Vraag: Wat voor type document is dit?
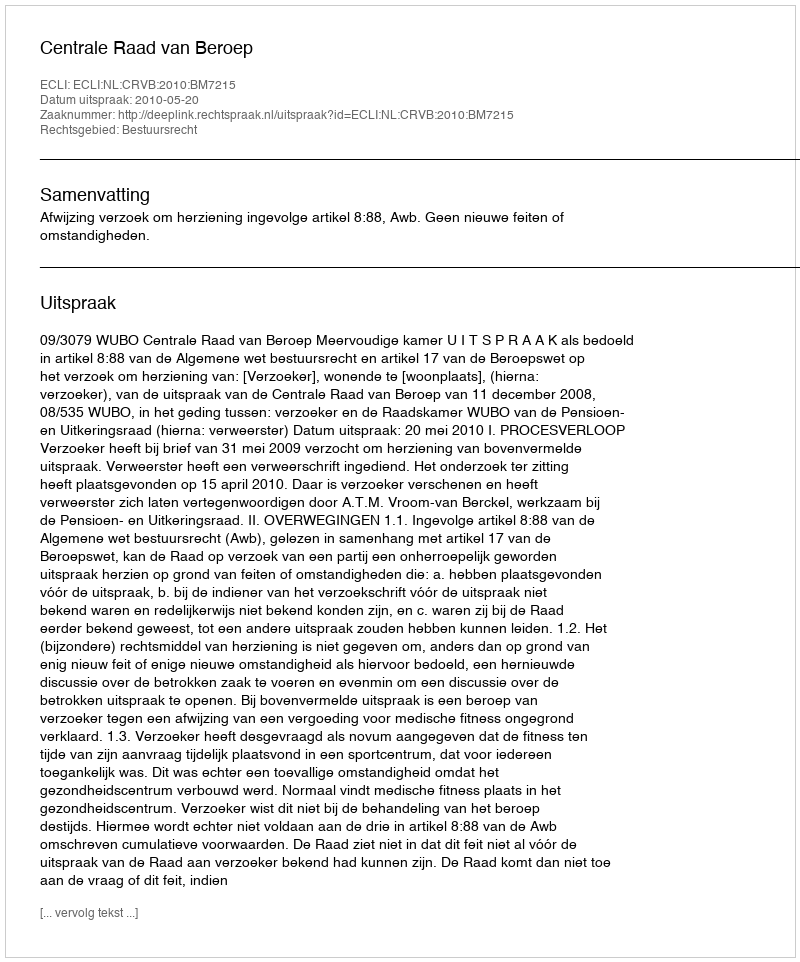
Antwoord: Uitspraak